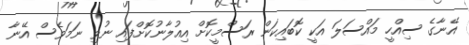
އޭނާގެ ސިއްހީ މައްސަލަ އަކީ ކޮބައިކަން ރަސްމީކޮށް އިއުލާނުކޮށްފައި ނުވި ނަމަވެސް އޭނާ